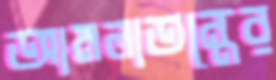
আমলাতন্ত্রের